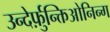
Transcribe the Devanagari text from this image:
उन्देर्फ़ुन्क्तिओनिन्ग